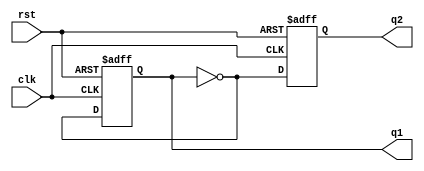
module seq (clk,rst,q1,q2);
  input clk,rst;
  output q1,q2;
  
  reg q1,q2;
  wire q1bar;
  
  
  always @ (posedge clk or posedge rst)
    begin
      if (rst)   q1<=0;
      else   q1<=q1bar;
    end
  assign q1bar=!q1;
  
  always @ (posedge clk or posedge rst)
    begin
      if (rst)  q2<=0;
      else q2<= q1bar;
    end
endmodule